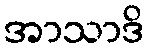
အာသာဒိ